Vaccination in Bombay 1889-1901 - 1889-1901
Year: 1889
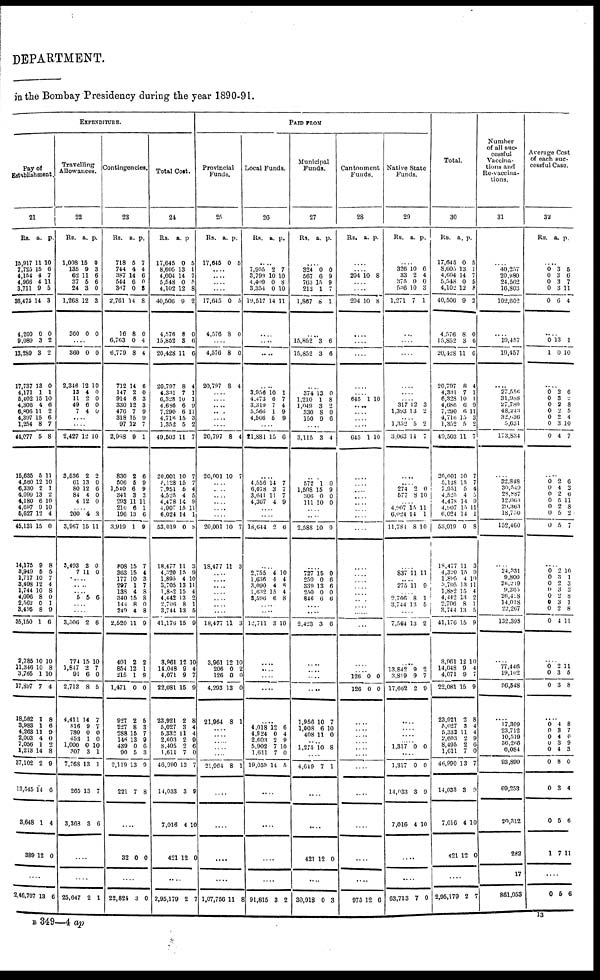
DEPARTMENT.
in the Bombay Presidency during the year 1890-91.
EXPENDITURE.
Pay of
Establishment.
21
Rs.
15,917
7,720
4,184
4,966
3,711
36,475
4,200
9,089
13,289
17,737
4,171
6,402
4,306
6,806
4,397
1,254
44,077
15,635
4,560
6,330
4,099
4,180
4,697
6,627
45,131
14,175
8,949
1,717
3,408
1,744
4,096
2,562
3,495
35,150
2,785
11,346
3,765
17,897
18,582
3,983
4,263
2,003
7,056
1,213
37,102
13,545
3,648
389
a.
11
15
4
4
9
14
0
3
3
13
1
16
4
11
15
8
5
5
12
2
13
6
9
12
15
9
5
10
12
10
8
0
8
1
10
10
1
7
1
1
11
4
1
14
2
14
1
12
p.
10
6
7
11
5
3
0
2
2
0
1
10
6
2
6
7
8
11
10
1
2
10
10
4
0
8
5
7
4
8
0
1
9
6
10
8
10
4
8
6
9
0
2
8
9
0
4
0
....
2,46,707 13 6
Travelling
Allowances.
22
Rs.
1,008
135
62
37
24
1,268
360
a.
15
9
11
5
3
12
0
p.
0
3
6
6
0
3
0
....
360
2,346
13
11
49
7
0
12
4
2
6
4
0
10
0
0
0
0
....
....
2,427
3,536
61
80
84
4
12
2
13
12
4
12
10
2
0
6
0
0
....
200
3,967
3,493
7
4
15
2
11
3
11
0
0
....
....
....
5 5 0
....
....
3,506
774
1,847
91
2,713
4,411
816
780
453
1,000
307
7,768
265
3,363
2
15
2
6
8
14
9
0
1
0
3
13
13
3
6
10
7
0
5
7
7 0
0
10
1
1
7
6
....
....
25,647 2 1
Contingencies.
23
Rs.
718
744
387
544
367
2,761
16
6,763
6,779
712
147
914
330
476
318
97
2,998
830
506
1,540
341
293
210
196
3,919
808
363
177
297
138
340
144
249
2,520
401
854
215
1,471
927
227
288
146
439
90
2,119
221
a.
5
4
14
6
0
14
8
0
8
14
2
8
12
7
15
12
9
2
5
6
3
11
6
13
1
15
15
10
1
4
15
8
4
11
2
12
1
0
2
8
15
13
0
5
13
7
p.
7
4
6
0
3
8
0
4
4
6
0
3
3
9
9
7
1
6
9
9
3
11
1
6
9
7
4
3
7
8
8
0
8
9
2
1
9
0
5
3
7
9
6
3
9
8
....
32 0 0
....
22,824 3 0
Total Cost.
24
Rs.
17,645
8,605
4,604
5,548
4,102
40,506
4,576
15,862
20,428
20,797
4,331
6,328
4,686
7,290
4,716
1,352
49,603
20,001
5,128
7,951
4,525
4,478
4,907
6,024
53,019
18,477
4,320
1,895
3,705
1,882
4,442
2,706
3,744
41,176
8,961
14,048
4,071
22,081
23,921
5,027
5,332
2,603
8,495
1,611
46,990
14,033
7,016
421
a.
0
13
14
0
12
9
8
3
11
8
7
10
6
6
15
5
11
10
15
5
4
14
15
14
0
11
15
4
13
15
13
8
13
15
12
9
9
15
2
3
11
2
2
7
13
3
4
12
p.
5
1
7 5
8
2
0
6
6
4
1
1
9
11
3
2
7
7
7
4
5
9
11
1
8
3
9
10
11
4
2
1
5
9
10
4
7
9
8
4
4
9
6
0
7
9
10
0
....
2,95,179 2 7
PAID FROM
Provincial
Funds.
25
Rs.
17,645
a.
0
p.
5
....
....
....
....
17,645
4,576
0
8
5
0
....
4,576
20,797
8
8
0
4
....
.... ....
....
....
....
20,797
20,001
8
10
4
7
....
....
....
....
....
....
20,001
18,477
10
11
7
3
....
....
....
....
....
....
....
18,477
3,961
206
126
4,293
21,964
11
12
0
0
13
8
3
10
2
0
0
1
....
....
....
....
....
21,964 8 1
....
....
....
....
1,07,756 11 8
Local Funds.
26
Rs.
a
p.
....
7,955
3,799
4,409
3,354
19,517
9
10
0
0
14
7
10
8
10
11
....
....
....
....
3,956
4,473
3,319
5,566
4,566
10
6
7 1
5
1
7
4
9
9
....
21,881 15 6
....
4,556
6,078
3,641
4,367
14
3
11
4
7
7
7 9
....
....
18,644 2 6
....
2,755
1,636
3,090
1,632
8,596
4
4
4
15
6
10
4
8
4
8
....
....
12,711 3 10
....
....
....
....
....
4,018
4,924
2,603
5,902
1,611
19,059
12
0
2
7
7
14
6
4
9
10
0
5
....
....
....
....
91,815 3 2
Municipal
Funds.
27
Rs. a. p.
....
324
567
763
212
1,867
0
6
15
1
8
0
9
9
7
1
....
15,852
15,852
3
3
6
6
....
374
1,210
1,049
330
150
13
1
3
8
9
0
8
2
0
6
....
3,115
3 4
....
572
1,598
306
111
1
15
0
10
0
9
0 0
....
....
2,588 10 9
....
727
259
339
250
846
15 0
13
0
6
0
6
6
0
6
....
....
2,423 3
6
....
....
....
....
1,956
1,008
408
10
6
11
7
10
0
....
1,275 10 8
....
4,619 7 1
....
....
421 12 0
....
30,918 0 3
Cantonment
Funds.
28
Rs.
a. p.
....
.... 204 10 8
....
....
204 10 8
....
....
....
....
....
645 1 10
....
....
....
....
645 1 10
....
....
....
....
....
....
....
....
....
....
....
....
....
....
....
....
....
....
....
126
126
0
0
0
0
....
....
.... ....
....
....
....
....
....
....
....
975 12 6
Native State
Funds.
29
Rs.
a p.
....
326
33
375
536
1,271
10
2
0
10
7
6
4
0
3
1
....
....
....
....
....
....
317
1,393
12
13
3
2
.... 1,352
3,063
5
14
2
7
....
....
274
677
2
8
0
10
....
4 ,907
6,024
11,781
15
14
8
11
1
10
....
837 11 11
....
275 11 0
....
2,706
3,744
8
13
1
5
....
7,564 13 2
....
13,842
3,819
17,662
2
9
2
9
7
9
....
....
....
....
1,317
0 0
....
1,317
14,033
7,016
0
3
4
0
0
10
....
....
63,713 7 0
Total.
30
Rs.
17,645
8,605
4,604
5,548
4,102
40,506
4,576
15,852
20,428
20,797
4,331
6,328
4,086
7,290
4,716
1,352
49,503
20,001
5,128
7,951
4,525
4,478
4,907
6,024
53,019
18,477
4,320
1,895
3,705
1,882
4,442
2,706
3,744
41,176
3,961
14,048
4,071
22,081
23,921
5,027
5,332
2,603
8,495
1,611
46,990
14,033
7,016
421
a.
0
13
14
0
12
9
8
3
11
8
7
10
6
6
15
5
11
10
15
5 4
14
15
14
0
11
15
4
13
15
13
8
13
15
12
9
9
15
2
3
11
2
2
7
13
3
4
12
p.
5
1
7 5
8
2
0
6
6
4
1
1
9
11
3
2
7
7
7 4
5 9
11
1
8
3
9
10
11
4
2
1
5
9
10
4
7
9
8
4
4
9
6
0
7
9
10
0
....
2,95,179 2 7
Number
of all suc-
cessful
Vaccina-
tions and
Re-vaccina-
tions.
31
....
40,257
20,980
24,562
16,803
102,602
....
19,457
10,457
....
27,556
31,988
27,780
48,243
32,036
5,631
173,834
....
32,848
30,549
28,887
12,063
29,363
18,750
152,460
....
24,331
9,800
26,249
9,305
26,428
14,018
22,267
132,398
....
77,446
19,102
96,548
....
17,309
23,712
10,519
36,266
6,084
93,890
69,253
20,312
282
17
861,053
Average Cost
of each suc-
cessful Case.
32
Rs.
a. p.
....
0
0
0
0
0
3
3
3
3
6
5
6 7
11
4
....
0
1
13
0
1
10
....
0
0
0
0
0
0
0
2
3
2
2
2
3
4
6
2
8
5
4
10
7
..
0
0
0
0
0
0
0
2
4
2
5
2
5
5
6
2
6
11
8
2
7
....
0
0
0
0
0
0
0
0
2
3
2
3
2
3
2
4
10
1
3
3
8
1
8
11
....
0
0
0
2
3
3
11
5
8
....
0 0
0
0
0
0
0
0
1
4
3
4
3
4
8
3
5
7
8
7
0
9
3
0
4
6
11
....
0 6 6
B 349—4 ap
13